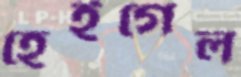
হেইগেল